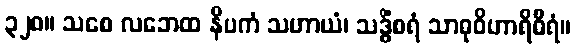
၃၂၈။ သစေ လဘေထ နိပကံ သဟာယံ၊ သဒ္ဓိံစရံ သာဓုဝိဟာရိဓီရံ။